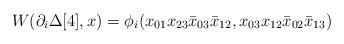
LaTeX: \begin{align*}W(\partial_i\Delta[4],x)=\phi_i(x_{01}x_{23}\bar x_{03}\bar x_{12},x_{03}x_{12}\bar x_{02}\bar x_{13})\end{align*}